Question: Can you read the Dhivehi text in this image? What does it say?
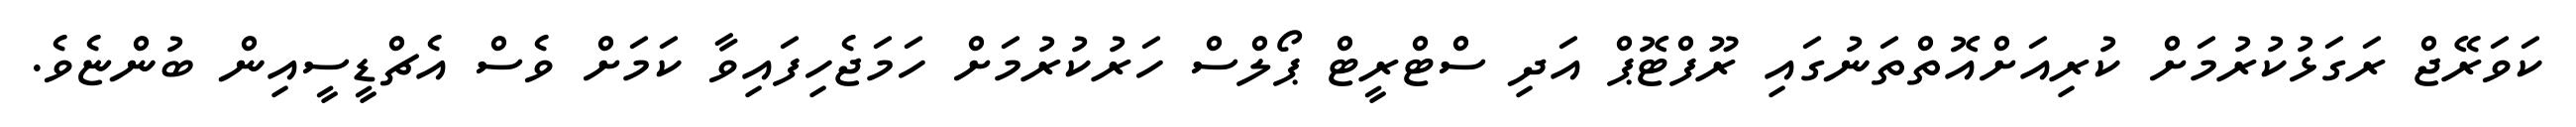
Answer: ކަވަރޭޖް ރަގަޅުކުރުމަށް ކުރިއަށްއޮތްތަނުގައި ރޫފްޓޮޕް އަދި ސްޓްރީޓް ޕޯލްސް ހަރުކުރުމަށް ހަމަޖެހިފައިވާ ކަމަށް ވެސް އެޗްޑީސީއިން ބުންޏެވެ.